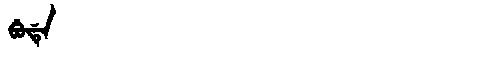
Manchu: ᠪᡠᡩᡝ
Romanization: BUDE